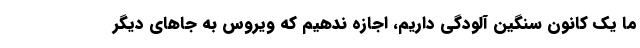
ما یک کانون سنگین آلودگی داریم، اجازه ندهیم که ویروس به جاهای دیگر